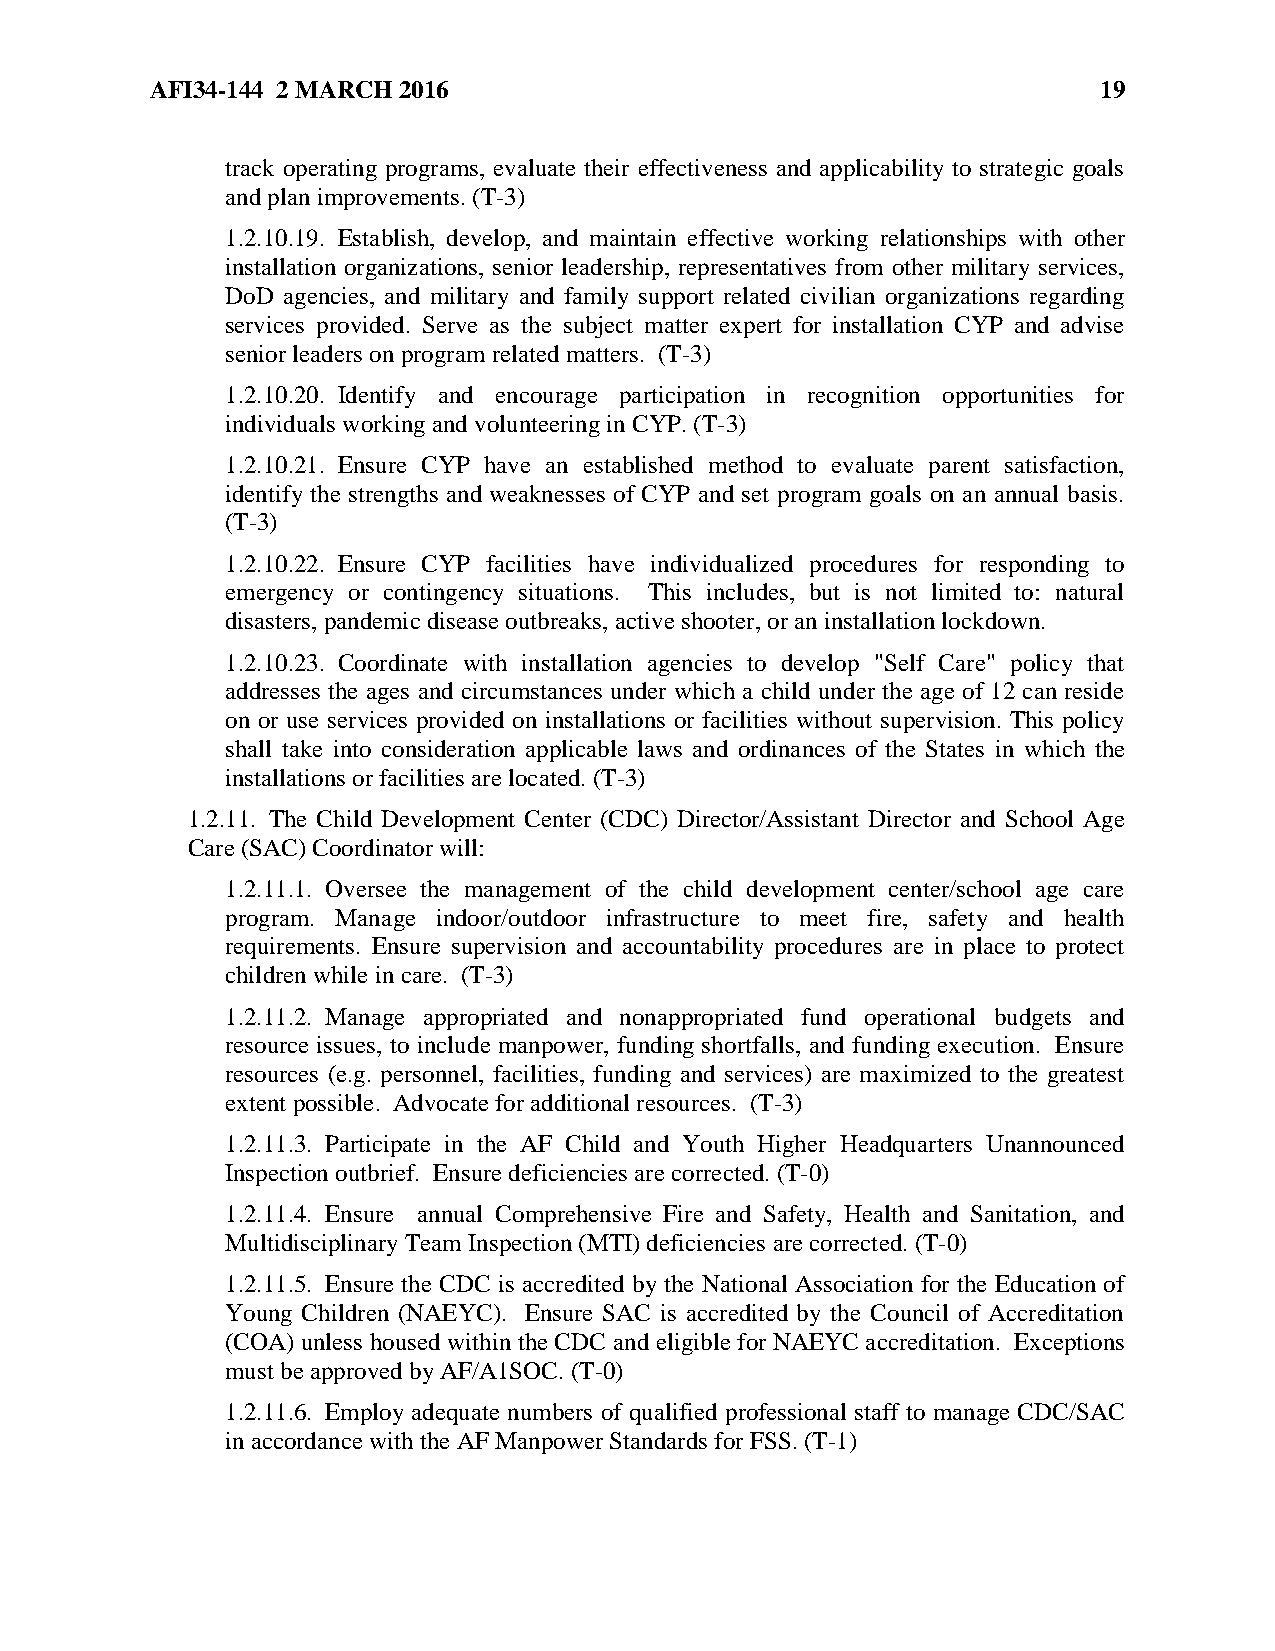
AFI34-144 2 MARCH 2016                                         19
 track operating programs, evaluate their effectiveness and applicability to strategic goals
 and plan improvements. (T-3)
 1.2.10.19. Establish, develop, and maintain effective working relationships with other
 installation organizations, senior leadership, representatives from other military services,
 DoD agencies, and military and family support related civilian organizations regarding
 services provided. Serve as the subject matter expert for installation CYP and advise
 senior leaders on program related matters. (T-3)
 1.2.10.20. Identify and encourage participation in recognition opportunities for
 individuals working and volunteering in CYP. (T-3)
 1.2.10.21. Ensure CYP have an established method to evaluate parent satisfaction,
 identify the strengths and weaknesses of CYP and set program goals on an annual basis.
 (T-3)
 1.2.10.22. Ensure CYP facilities have individualized procedures for responding to
 emergency or contingency situations. This includes, but is not limited to: natural
 disasters, pandemic disease outbreaks, active shooter, or an installation lockdown.
 1.2.10.23. Coordinate with installation agencies to develop "Self Care" policy that
 addresses the ages and circumstances under which a child under the age of 12 can reside
 on or use services provided on installations or facilities without supervision. This policy
 shall take into consideration applicable laws and ordinances of the States in which the
 installations or facilities are located. (T-3)
 1.2.11. The Child Development Center (CDC) Director/Assistant Director and School Age
 Care (SAC) Coordinator will:
 1.2.11.1. Oversee the management of the child development center/school age care
 program. Manage indoor/outdoor infrastructure to meet fire, safety and health
 requirements. Ensure supervision and accountability procedures are in place to protect
 children while in care. (T-3)
 1.2.11.2. Manage appropriated and nonappropriated fund operational budgets and
 resource issues, to include manpower, funding shortfalls, and funding execution. Ensure
 resources (e.g. personnel, facilities, funding and services) are maximized to the greatest
 extent possible. Advocate for additional resources. (T-3)
 1.2.11.3. Participate in the AF Child and Youth Higher Headquarters Unannounced
 Inspection outbrief. Ensure deficiencies are corrected. (T-0)
 1.2.11.4. Ensure annual Comprehensive Fire and Safety, Health and Sanitation, and
 Multidisciplinary Team Inspection (MTI) deficiencies are corrected. (T-0)
 1.2.11.5. Ensure the CDC is accredited by the National Association for the Education of
 Young Children (NAEYC). Ensure SAC is accredited by the Council of Accreditation
 (COA) unless housed within the CDC and eligible for NAEYC accreditation. Exceptions
 must be approved by AF/A1SOC. (T-0)
 1.2.11.6. Employ adequate numbers of qualified professional staff to manage CDC/SAC
 in accordance with the AF Manpower Standards for FSS. (T-1)